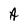
Character: A